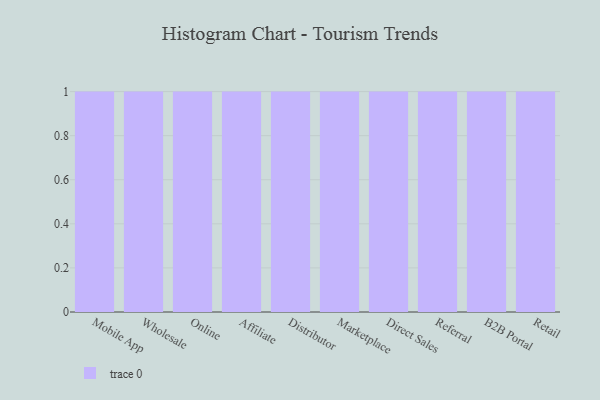
{"axis": {"x": "Channel", "y": "Population (Million)"}, "legend": [""], "data": [{"x": "Mobile App", "y": 64, "type": ""}, {"x": "Wholesale", "y": 72, "type": ""}, {"x": "Online", "y": 90, "type": ""}, {"x": "Affiliate", "y": 53, "type": ""}, {"x": "Distributor", "y": 19, "type": ""}, {"x": "Marketplace", "y": 40, "type": ""}, {"x": "Direct Sales", "y": 50, "type": ""}, {"x": "Referral", "y": 76, "type": ""}, {"x": "B2B Portal", "y": 77, "type": ""}, {"x": "Retail", "y": 37, "type": ""}]}